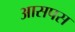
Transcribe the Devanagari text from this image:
आसपस